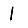
Digit: 1